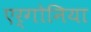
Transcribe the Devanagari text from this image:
एर्गोनिया